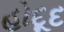
હોદૂદ